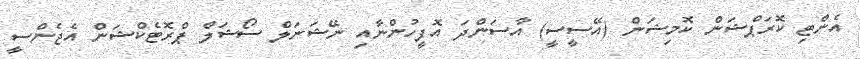
އެންޓި ކޮރަޕްޝަން ކޮމިޝަން (އޭސީސީ) އާސަންދަ އޮފީހުންނާއި ނޭޝަނަލް ސޯޝަލް ޕްރޮޓެކްޝަން އެޖެންސީ